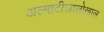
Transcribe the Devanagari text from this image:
अल्माटीखालोखाल